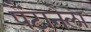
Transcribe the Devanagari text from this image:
पैंटानेला